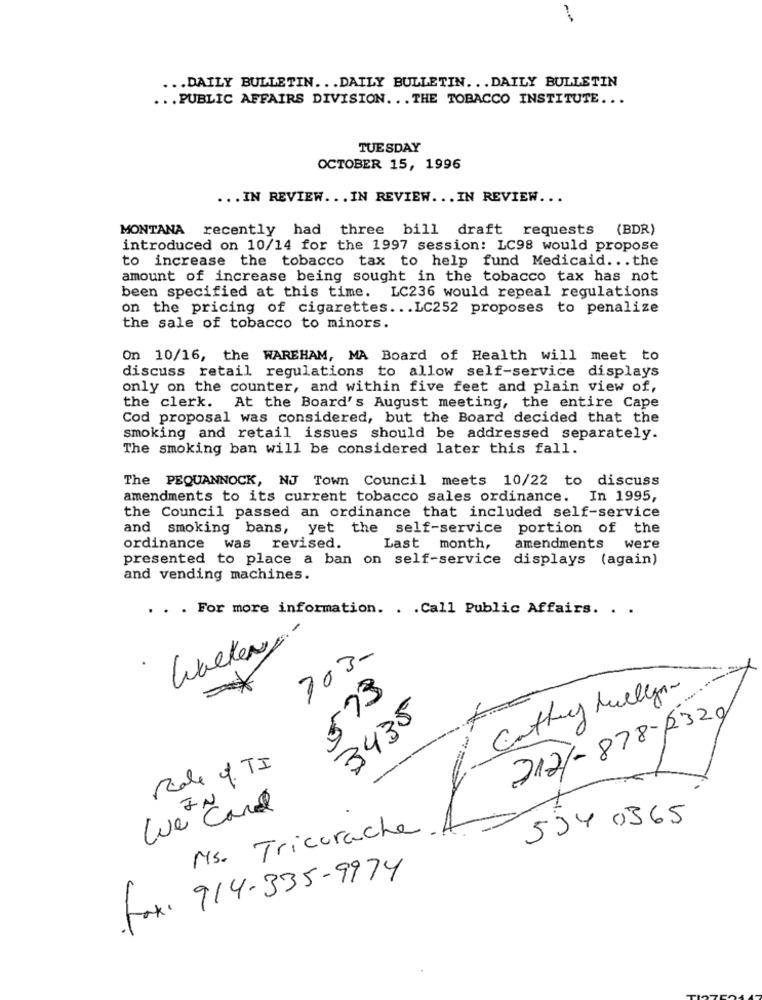
... DAILY BULLETIN. . . DAILY BULLETIN. . . DAILY BULLETIN
... PUBLIC AFFAIRS DIVISION ... THE TOBACCO INSTITUTE ...
TUESDAY
OCTOBER 15, 1996
... IN REVIEW ... IN REVIEW ... IN REVIEW ...
MONTANA recently had three bill draft requests (BDR)
introduced on 10/14 for the 1997 session: LC98 would propose
to increase the tobacco tax to help fund Medicaid ... the
amount of increase being sought in the tobacco tax has not
been specified at this time. LC236 would repeal regulations
on the pricing of cigarettes ... LC252 proposes to penalize
the sale of tobacco to minors.
On 10/16, the WAREHAM, MA Board of Health will meet to
discuss retail regulations to allow self-service displays
only on the counter, and within five feet and plain view of,
the clerk. At the Board's August meeting, the entire Cape
Cod proposal was considered, but the Board decided that the
smoking and retail issues should be addressed separately.
The smoking ban will be considered later this fall.
The PEQUANNOCK, NJ Town Council meets 10/22 to discuss
amendments to its current tobacco sales ordinance. In 1995,
the Council passed an ordinance that included self-service
and smoking bans, yet the self-service portion of the
ordinance was revised.
Last month,
amendments
were
presented to place a ban on self-service displays (again)
and vending machines.
. . . For more information. . . Call Public Affairs. . .
Walkery
703-
*
573
Cathy Mullynn
3430
2121-878-2320
Role 4. TI
Luet Card
534 0365
Ms. Tricorache
Fax: 914-335-9974